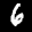
Label: 6